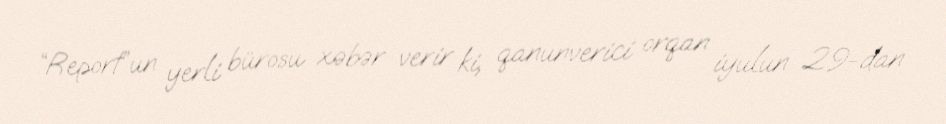
“Report”un yerli bürosu xəbər verir ki, qanunverici orqan iyulun 29-dan